Narva_kinnistusamet, lk 3
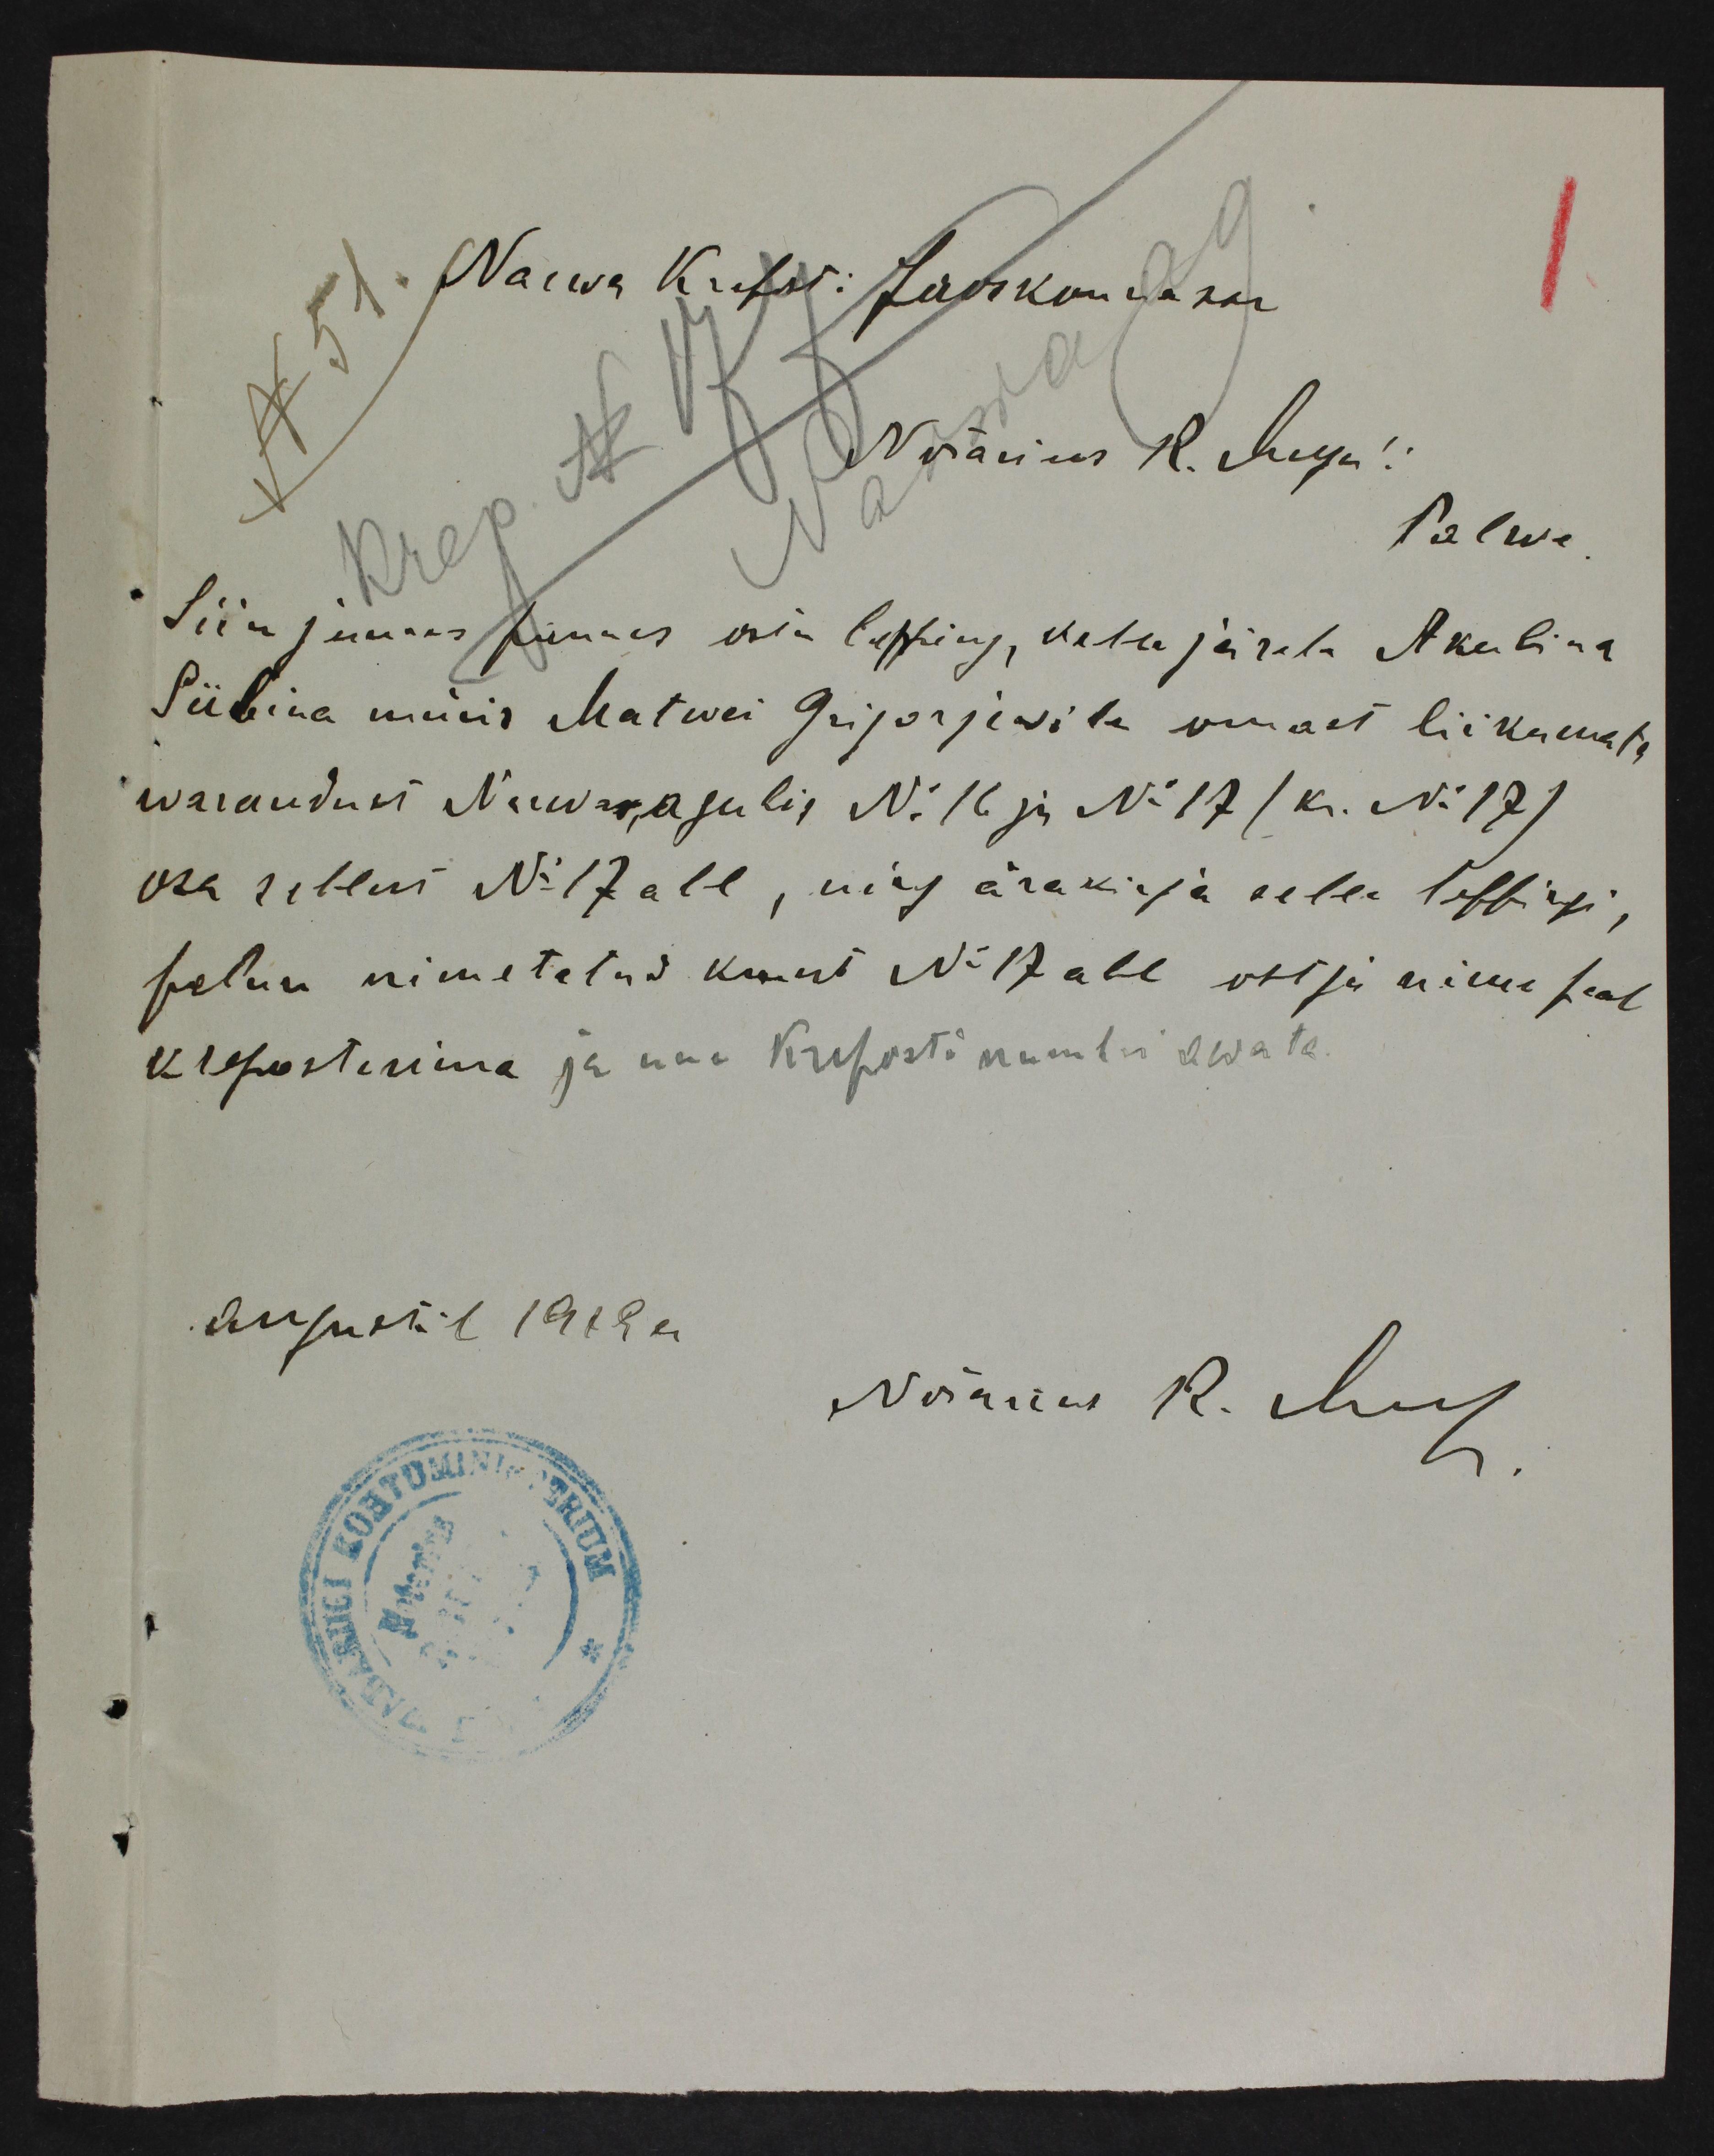
Narwa Kreisi: Jaoskomisaar
Narwas R. Jeun
Palwe
Siianjuures pannes ostu lepping, kelle järele Akulina
Sübina müüs Matwei Grigorjevile omast liikumata
warandust Narwa aguli No 16 ja No 17 (k. No 17)
osa selleni No 17 all, ning ärakirja selle leppingi
palun nimetatud krunt No 17 all ostja nime peal
kreposteerima ja uue Kreposti numbri awata.
Augustil 1912 a.
Nõrnu R. Mul